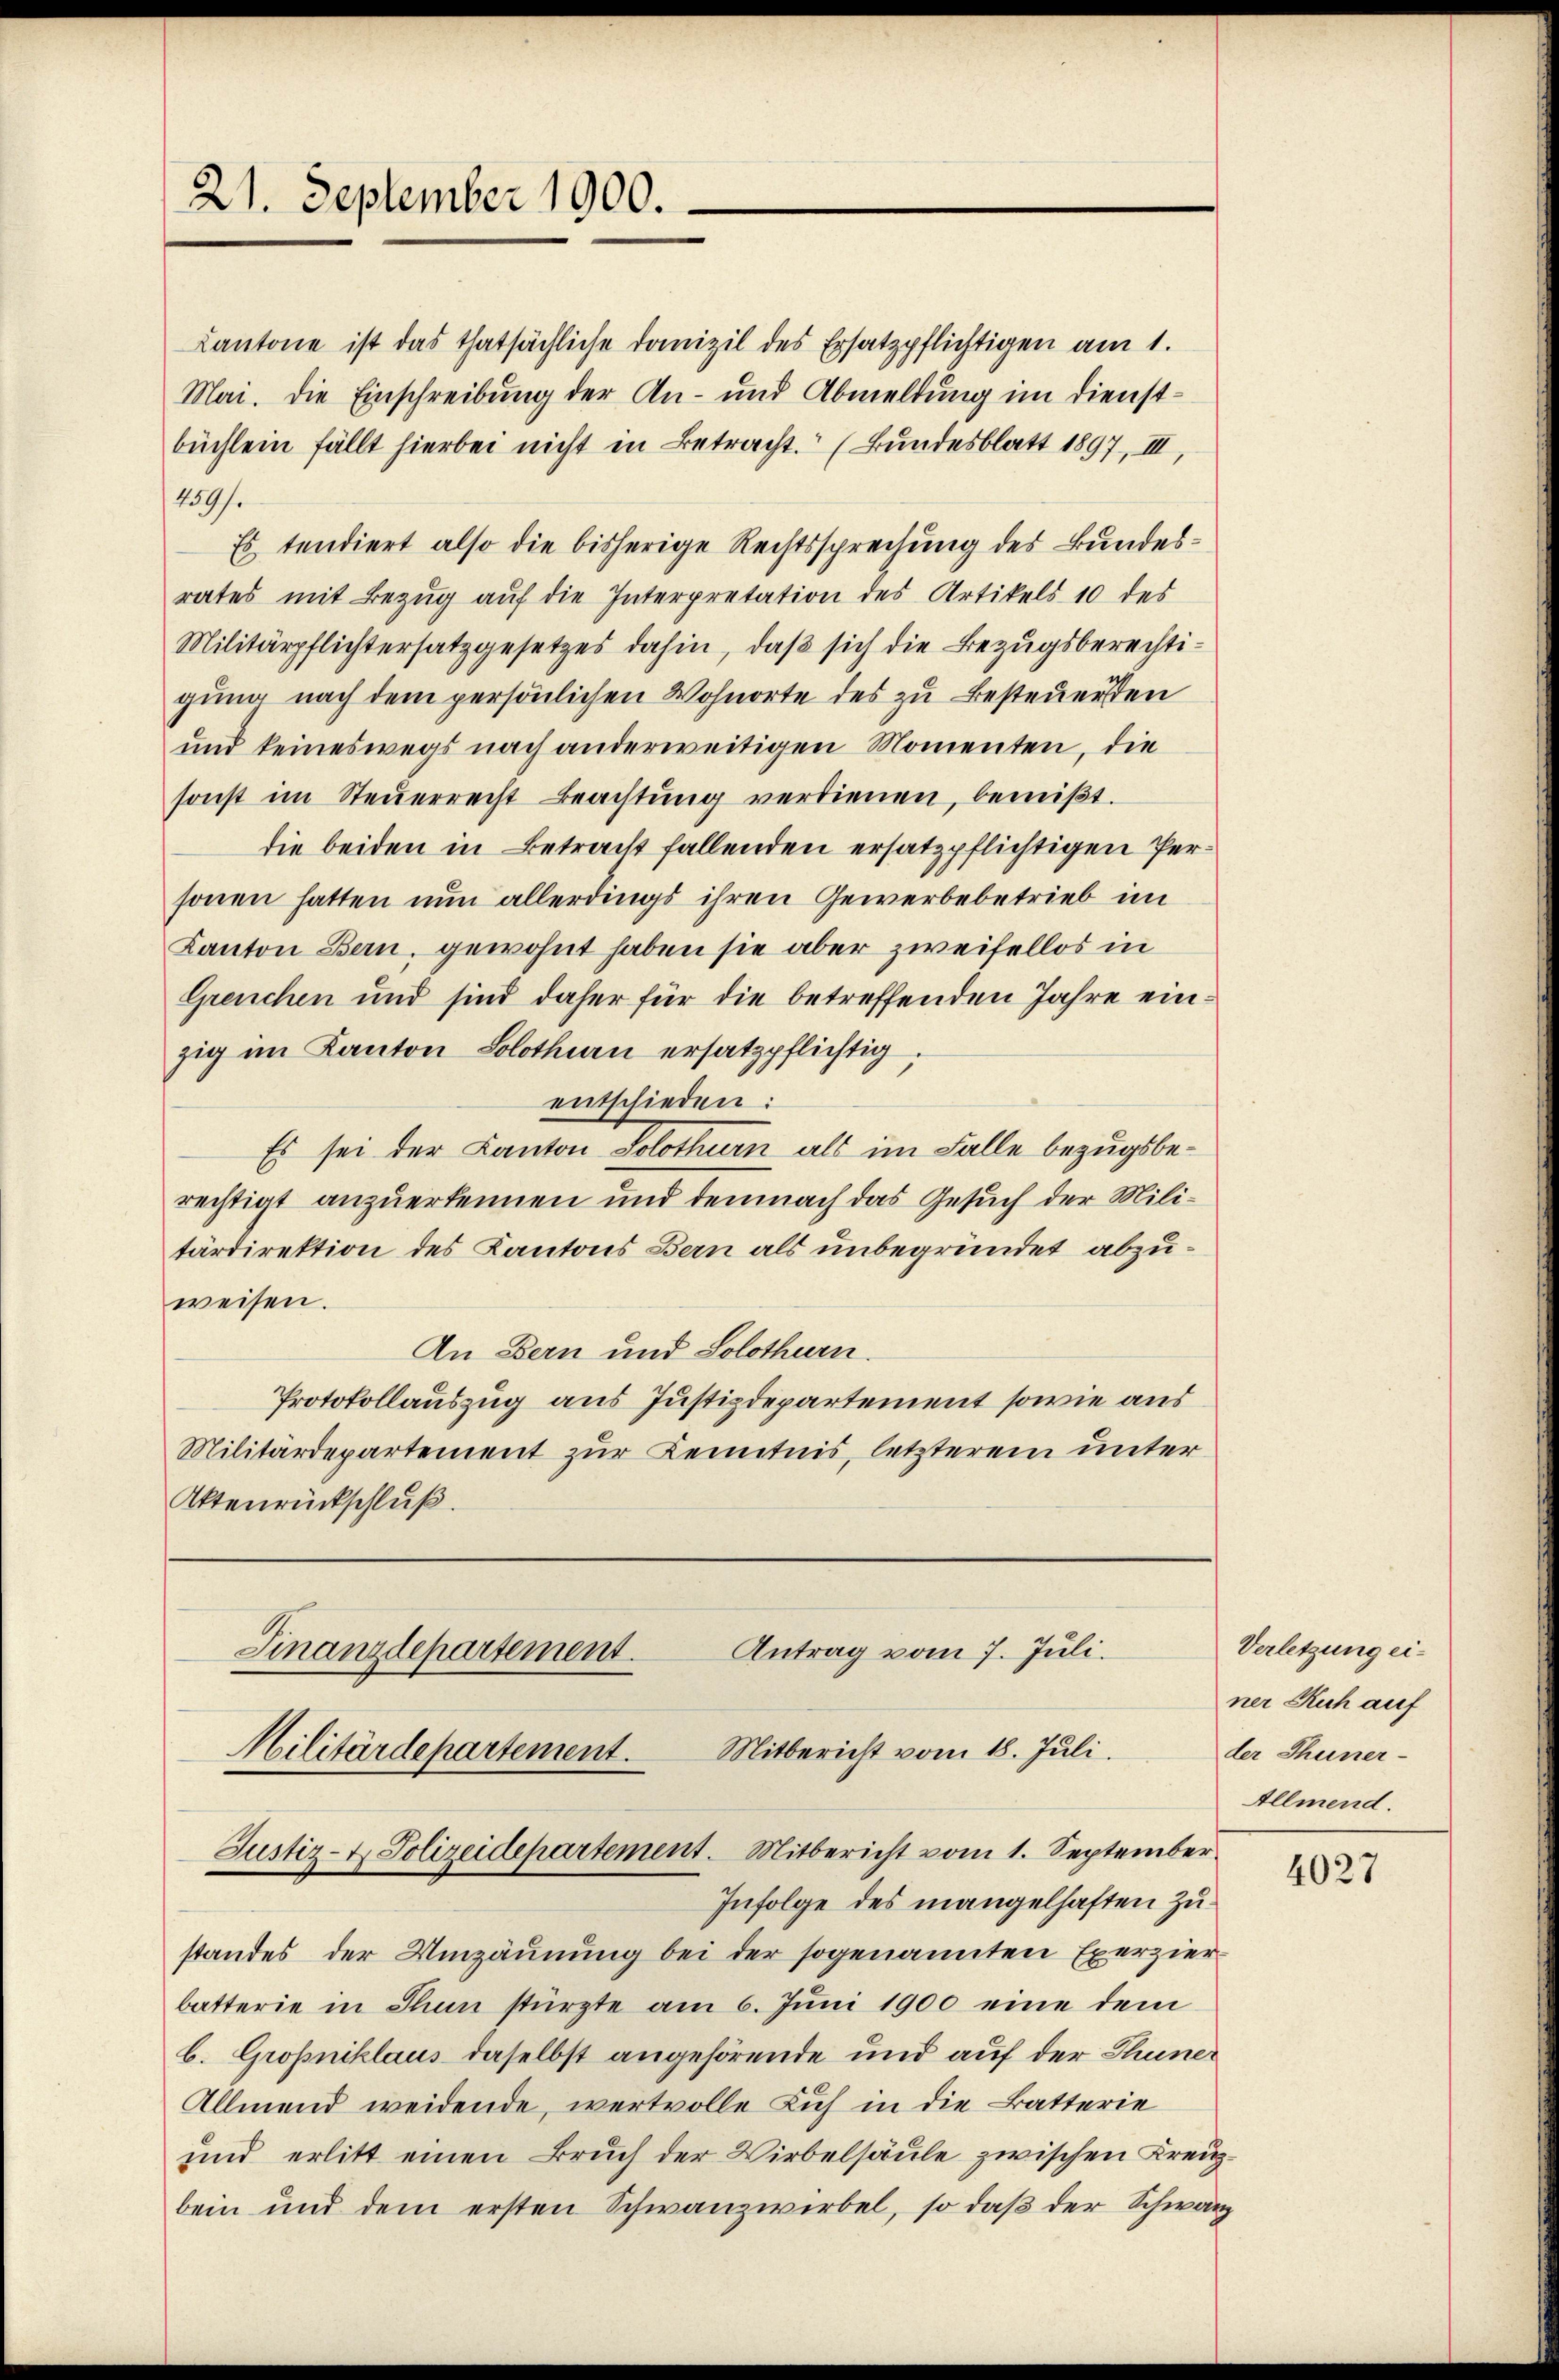
21. September 1900.

Cantone ist das thatsächliche Domizil des Ersatzpflichtigen am 1.
Mai. Die Einschreibung der An- und Abmeldung im Dienstbüchlein fällt hierbei nicht in Betracht. (Bundesblatt 1897, III,
459).
Es tendiert also die bisherige Rechtssprechung des Bundesrates mit Bezŭg aŭf die Interpretation des Artikels 10 des
Militärpflichtersatzgesetzes dahin, daß sich die Bezugsberechtigung nach dem persönlichen Wohnorte des zu besteuersten
und keineswegs nach anderweitigen Momenten, die
sonst im Steŭerrecht Beachtŭng verdienen, bemüβt.
die beiden in Betracht fallenden ersatzpflichtigen Personen hatten nun allerdings ihren Gewerbebetrieb im
Kanton Bern, gewohnt haben sie aber zweifellos in
Greuchen und sind daher für die betreffenden Jahre einzig im Kanton Solothurn ersatzpflichtig
entschieden:
Es sei der Kanton Solothurn als im Falle bezugsberechtigt anzuerkennen und demnach das Gesuch der Militärdirektion des Kantons Bern als unbegründet abzuweisen.
An Bern und Solothurn.
Protokollauszug aus Justizdepartement sowie aus
Militärdepartement zur Kenntnis, letzterem unter
Ettenrückschluß.

Militärdepartement.

Antrag vom 7. Juli.
Finanzdepartement.
Mitbericht vom 18. Juli.
Justiz- & Polizeidepartement. Mitbericht vom 1. September

Infolge des mangelhaften Zustandes der Umzäunung bei der sogenannten Exerzier
batterie in Thun stürzte am 6. Jŭni 1900 eine dem
b. Großniklaus daselbst angehörende und auf der Thuner
Allmend weidende, wertvolle Kuh in die Batterie
und erlitt einen Bruch der Wirbelsäule zwischen Kreuzbein und dem ersten Schwanzwirbel, so daß der Schwarz

Verletzung einer Kuh auf
der Thuner-
Allmend.

4027